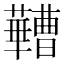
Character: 𬟠